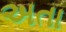
અતા